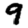
Digit: 9